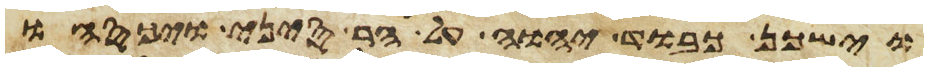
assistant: וישכן כבוד יהוה על הר סיני ויכסהו